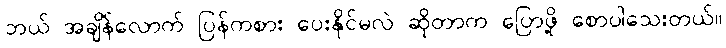
ဘယ် အချိန်လောက် ပြန်ကစား ပေးနိုင်မလဲ ဆိုတာက ပြောဖို့ စောပါသေးတယ်။